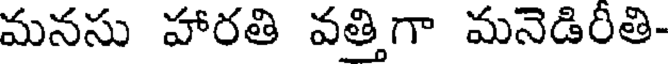
మనసు హారతి వత్తిగా మనెడిరీతి-